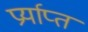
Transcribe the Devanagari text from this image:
प्रर्याप्‍त